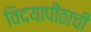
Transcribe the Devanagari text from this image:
विदयापीठाची